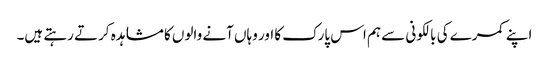
اپنے کمرے کی بالکونی سے ہم اس پارک کا اور وہاں آنے والوں کا مشاہدہ کرتے رہتے ہیں۔